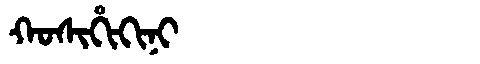
Manchu: ᡴᠣᠰᡳᡥᡳᡴᡳᠨᡳ
Romanization: KOSIHIKINI